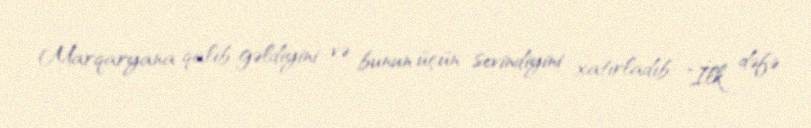
Marqaryana qalib gəldiyini və bunun üçün sevindiyini xatırladıb: "İlk dəfə